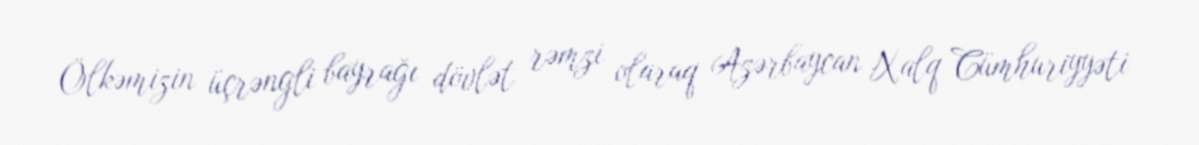
Ölkəmizin üçrəngli bayrağı dövlət rəmzi olaraq Azərbaycan Xalq Cümhuriyyəti